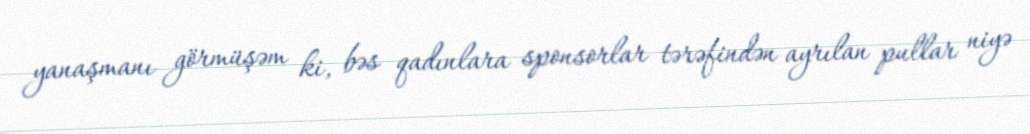
yanaşmanı görmüşəm ki, bəs qadınlara sponsorlar tərəfindən ayrılan pullar niyə